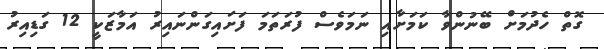
ގޮތް ހެދުމަށް ބޭނުންވާ ކަމަށާއި ނަމަވެސް ފުރަތަމަ ފަށައިގަންނައިރު އަމާޒަކީ 12 ގަޑިއިރު